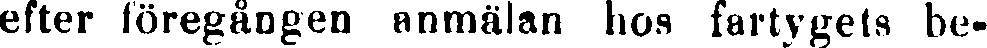
efter föregången anmälan hos fartygets be-